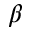
_ \beta